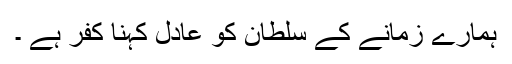
ہمارے زمانے کے سلطان کو عادل کہنا کفر ہے ۔